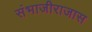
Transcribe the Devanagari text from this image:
संभाजीराजास